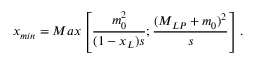
x _ { m i n } = M a x \left[ \frac { m _ { 0 } ^ { 2 } } { ( 1 - x _ { L } ) s } ; \frac { ( M _ { L P } + m _ { 0 } ) ^ { 2 } } { s } \right] .